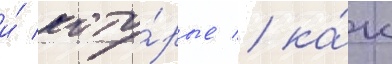
и́ кото́рые / ка́к